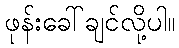
ဖုန်းခေါ်ချင်လို့ပါ။